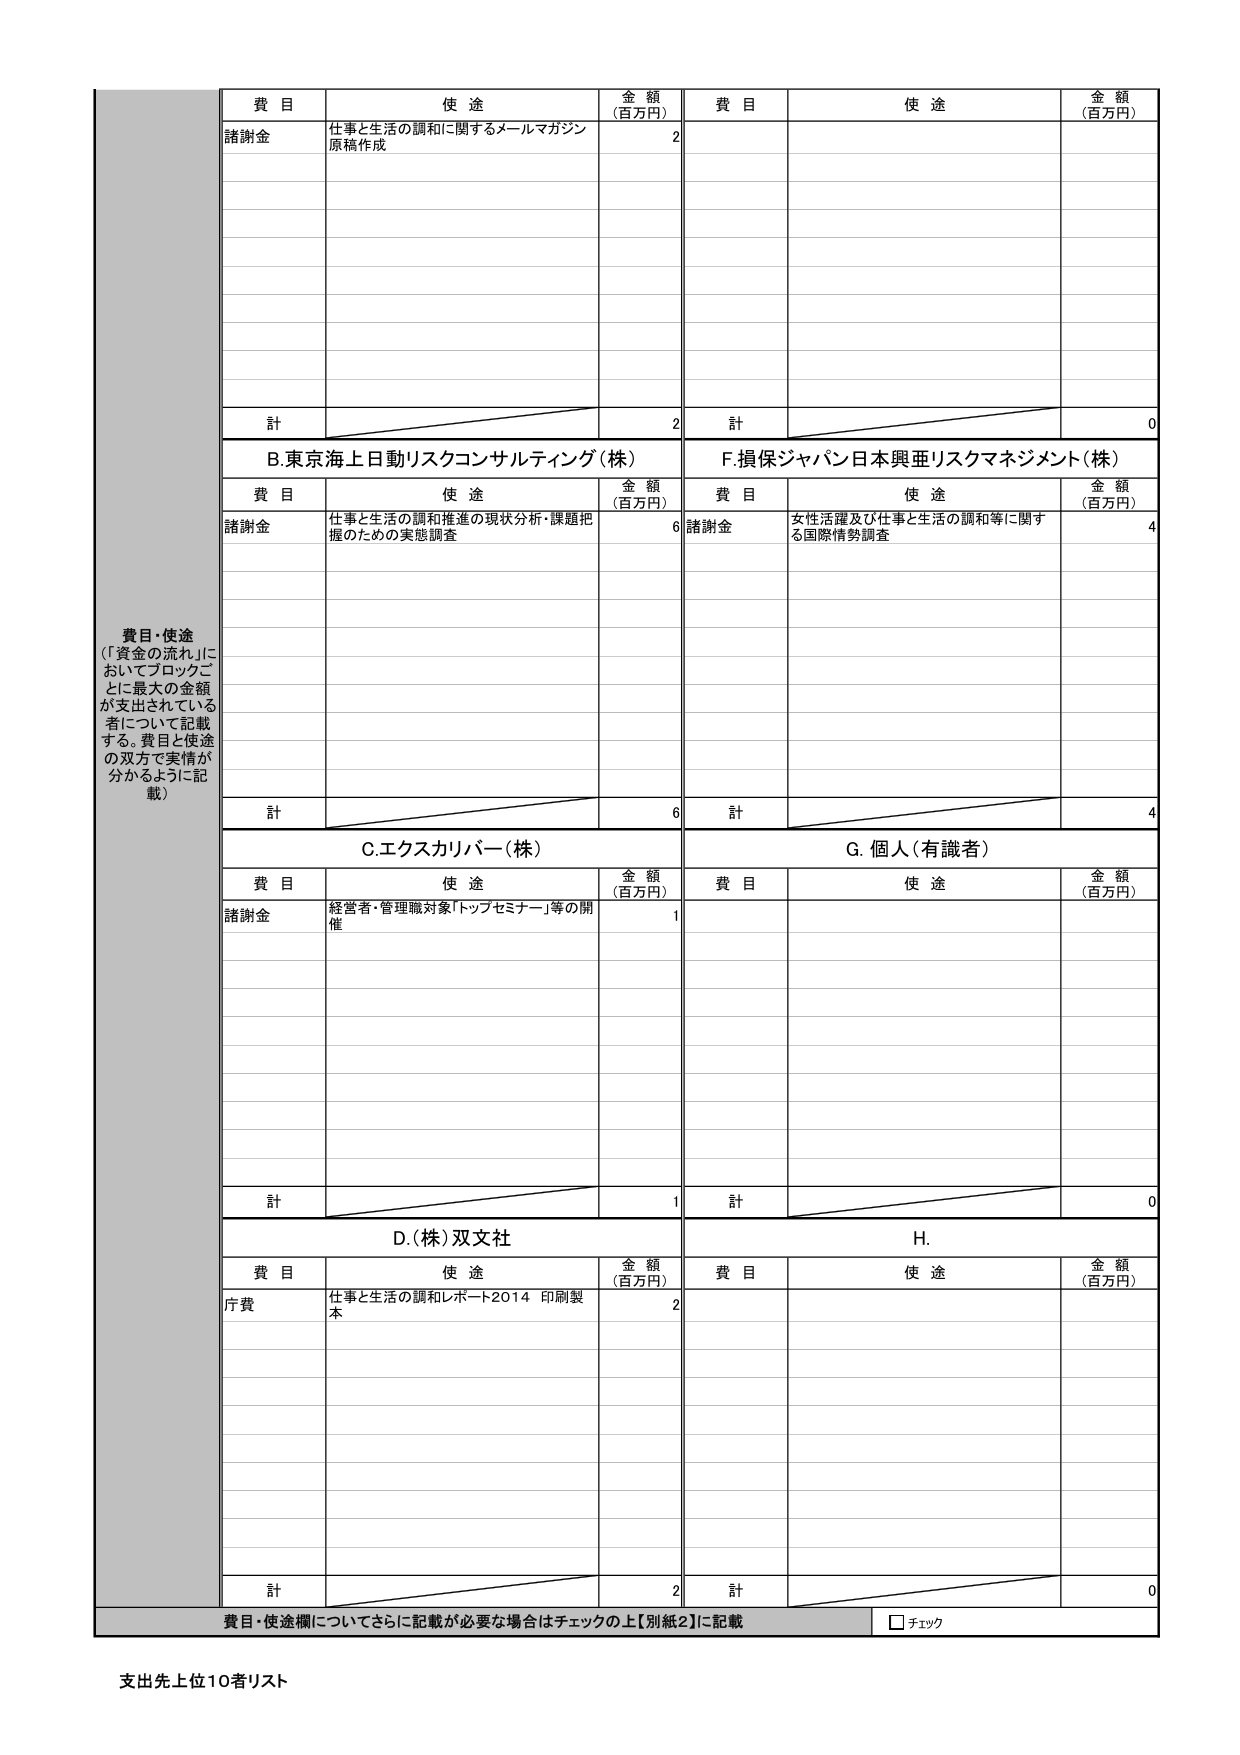
費目・使途
（「資金の流れ」においてブロックごとに最大の金額が支出されている者について記載する。費目と使途の双方で実情が分かるように記載）

費目
使途
金額（百万円）
費目
使途
金額（百万円）

諸謝金
仕事と生活の調和に関するメールマガジン原稿作成
2

計
2
計
0

B. 東京海上日動リスクコンサルティング（株）
F. 損保ジャパン日本興亜リスクマネジメント（株）

費目
使途
金額（百万円）
費目
使途
金額（百万円）

諸謝金
仕事と生活の調和推進の現状分析・課題把握のための実態調査
6
諸謝金
女性活躍及び仕事と生活の調和等に関する国際情勢調査
4

計
6
計
4

C. エクスカリバー（株）
G. 個人（有識者）

費目
使途
金額（百万円）
費目
使途
金額（百万円）

諸謝金
経営者・管理職対象「トップセミナー」等の開催
1

計
1
計
0

D. （株）双文社
H.

費目
使途
金額（百万円）
費目
使途
金額（百万円）

庁費
仕事と生活の調和レポート2014 印刷製本
2

計
2
計
0

費目・使途欄についてさらに記載が必要な場合はチェックの上【別紙2】に記載
□ チェック

支出先上位10者リスト